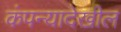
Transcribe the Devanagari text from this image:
कंपन्यादेखील